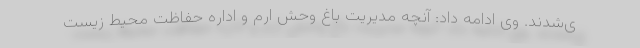
ی‌شدند. وی ادامه داد: آنچه مدیریت باغ وحش ارم و اداره حفاظت محیط زیست